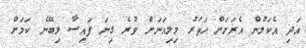
އަދި އެކަމުން އެރަށަށް ހަތަރު މިލިއަނަށް ވުރެ ގިނަ ފައިސާ ލިބޭނެ ކަމަށް